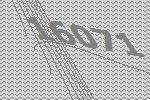
16071